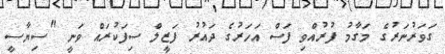
ގަވަރުނަރުގެ މަގާމު ފުރުއްވި ފަސް އަހަރުގެ ދައުރު ފަޒީލް ސިފަކުރައް ވަނީ "ސިޔާސީ